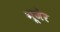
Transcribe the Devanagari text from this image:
मूजेर